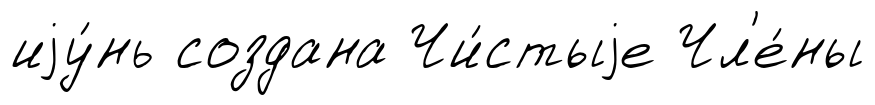
иjу́нь создана Чи́стыjе Чл'е́ны